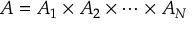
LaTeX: A = A _ { 1 } \times A _ { 2 } \times \dotsb \times A _ { N }